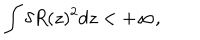
LaTeX: \int \delta R ( z ) ^ { 2 } d z < + \infty ,